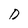
Character: D